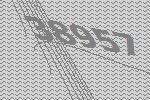
38957